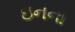
ઇનના